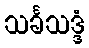
သင်္ခသဒ္ဒံ